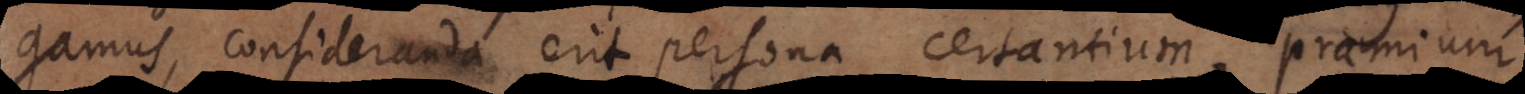
gamus, consideranda erit persona certantium, praemium